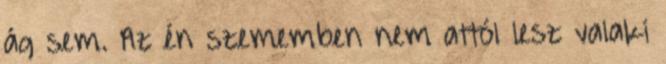
ág sem. Az én szememben nem attól lesz valaki